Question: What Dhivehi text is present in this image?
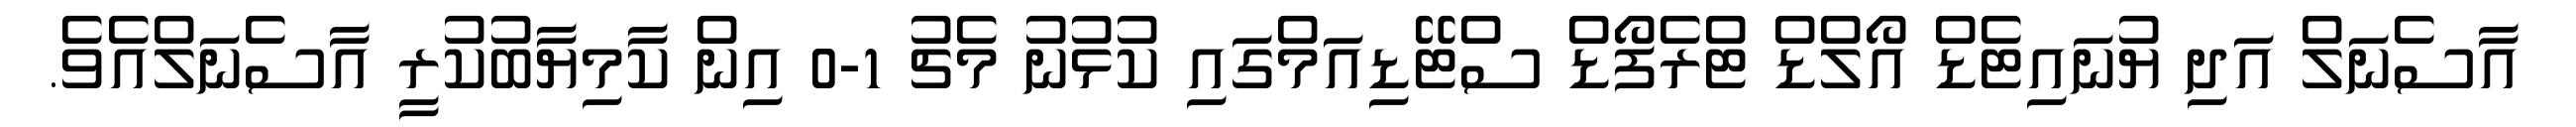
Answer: އާސެނަލް އަދި ޔުނައިޓެޑް އޯލްޑް ޓްރެފޯޑް ސްޓޭޑިއަމްގައި ކުޅުނު މެޗު 1-0 އިން ކާމިޔާބުކުރީ އާސެނަލްއެވެ.